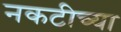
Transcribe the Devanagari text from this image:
नकटीच्या